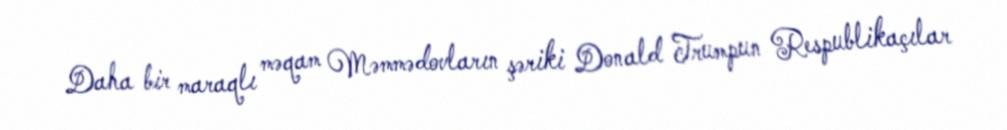
Daha bir maraqlı məqam Məmmədovların şəriki Donald Trumpun Respublikaçılar